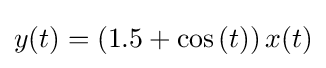
y(t)=(1.5+\cos {(t)})\,x(t)